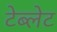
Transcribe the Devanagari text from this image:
टेब्लेट